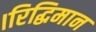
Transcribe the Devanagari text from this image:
।रिद्धिमान